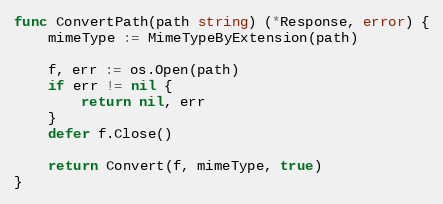
Language: Go
func ConvertPath(path string) (*Response, error) {
	mimeType := MimeTypeByExtension(path)

	f, err := os.Open(path)
	if err != nil {
		return nil, err
	}
	defer f.Close()

	return Convert(f, mimeType, true)
}